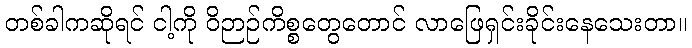
တစ်ခါကဆိုရင် ငါ့ကို ဝိဉာဉ်ကိစ္စတွေတောင် လာဖြေရှင်းခိုင်းနေသေးတာ။